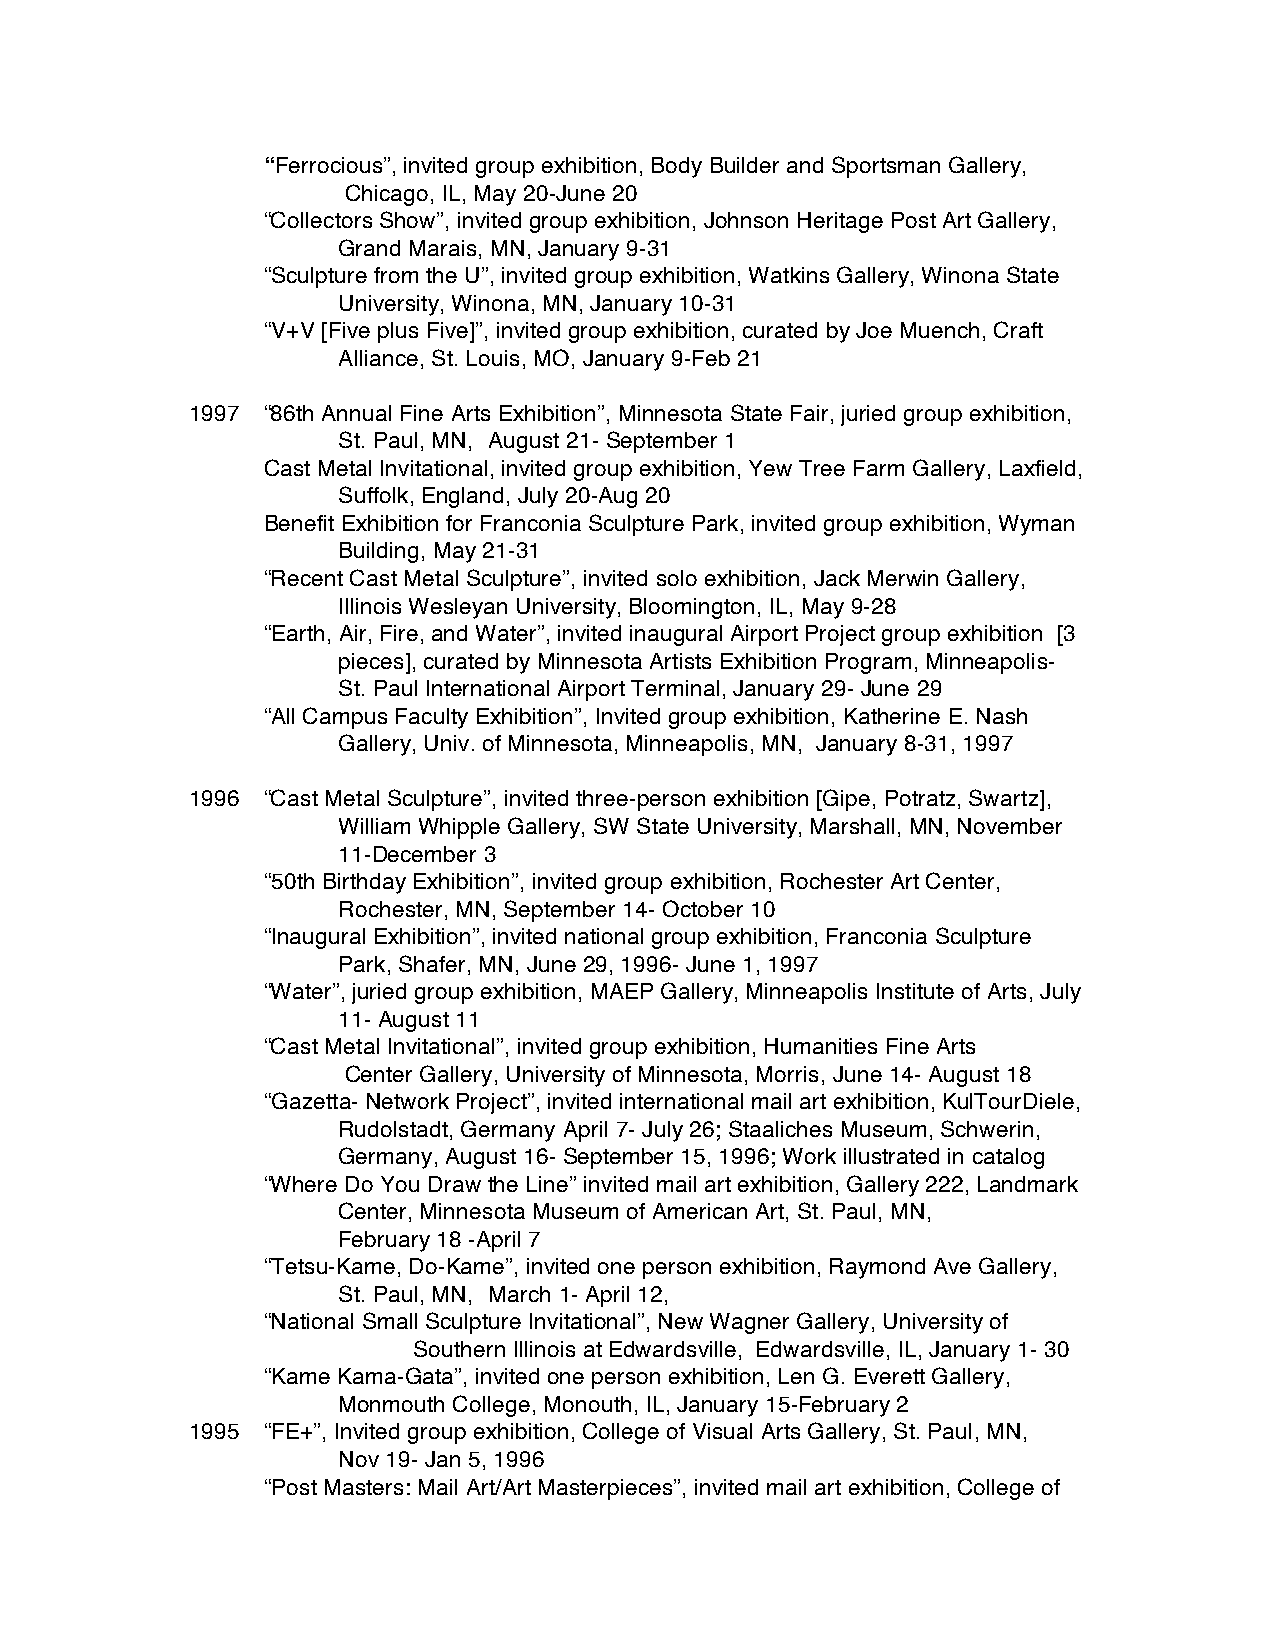
“Ferrocious”, invited group exhibition, Body Builder and Sportsman Gallery,
 Chicago, IL, May 20-June 20
 “Collectors Show”, invited group exhibition, Johnson Heritage Post Art Gallery,
 Grand Marais, MN, January 9-31
 “Sculpture from the U”, invited group exhibition, Watkins Gallery, Winona State
 University, Winona, MN, January 10-31
 “V+V [Five plus Five]”, invited group exhibition, curated by Joe Muench, Craft
 Alliance, St. Louis, MO, January 9-Feb 21
 1997 “86th Annual Fine Arts Exhibition”, Minnesota State Fair, juried group exhibition,
 St. Paul, MN, August 21- September 1
 Cast Metal Invitational, invited group exhibition, Yew Tree Farm Gallery, Laxfield,
 Suffolk, England, July 20-Aug 20
 Benefit Exhibition for Franconia Sculpture Park, invited group exhibition, Wyman
 Building, May 21-31
 “Recent Cast Metal Sculpture”, invited solo exhibition, Jack Merwin Gallery,
 Illinois Wesleyan University, Bloomington, IL, May 9-28
 “Earth, Air, Fire, and Water”, invited inaugural Airport Project group exhibition [3
 pieces], curated by Minnesota Artists Exhibition Program, Minneapolis-
 St. Paul International Airport Terminal, January 29- June 29
 “All Campus Faculty Exhibition”, Invited group exhibition, Katherine E. Nash
 Gallery, Univ. of Minnesota, Minneapolis, MN, January 8-31, 1997
 1996 “Cast Metal Sculpture”, invited three-person exhibition [Gipe, Potratz, Swartz],
 William Whipple Gallery, SW State University, Marshall, MN, November
 11-December 3
 “50th Birthday Exhibition”, invited group exhibition, Rochester Art Center,
 Rochester, MN, September 14- October 10
 “Inaugural Exhibition”, invited national group exhibition, Franconia Sculpture
 Park, Shafer, MN, June 29, 1996- June 1, 1997
 “Water”, juried group exhibition, MAEP Gallery, Minneapolis Institute of Arts, July
 11- August 11
 “Cast Metal Invitational”, invited group exhibition, Humanities Fine Arts
 Center Gallery, University of Minnesota, Morris, June 14- August 18
 “Gazetta- Network Project”, invited international mail art exhibition, KulTourDiele,
 Rudolstadt, Germany April 7- July 26; Staaliches Museum, Schwerin,
 Germany, August 16- September 15, 1996; Work illustrated in catalog
 “Where Do You Draw the Line” invited mail art exhibition, Gallery 222, Landmark
 Center, Minnesota Museum of American Art, St. Paul, MN,
 February 18 -April 7
 “Tetsu-Kame, Do-Kame”, invited one person exhibition, Raymond Ave Gallery,
 St. Paul, MN, March 1- April 12,
 “National Small Sculpture Invitational”, New Wagner Gallery, University of
 Southern Illinois at Edwardsville, Edwardsville, IL, January 1- 30
 “Kame Kama-Gata”, invited one person exhibition, Len G. Everett Gallery,
 Monmouth College, Monouth, IL, January 15-February 2
 1995 “FE+”, Invited group exhibition, College of Visual Arts Gallery, St. Paul, MN,
 Nov 19- Jan 5, 1996
 “Post Masters: Mail Art/Art Masterpieces”, invited mail art exhibition, College of